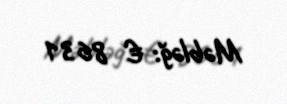
Məbləğ: € 8631